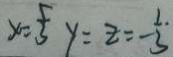
x = \frac { 5 } { 3 } y = z = - \frac { 1 . } { 3 }